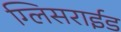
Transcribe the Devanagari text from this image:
ग्लिसराईड